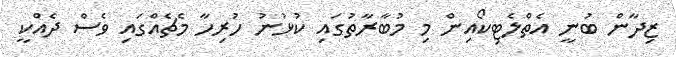
ޒިދާން ބުނީ އެތްލެޓިކޯއިން މި މުބާރާތުގައި ކުޅުނު ހުރިހާ މެޗެއްގައި ވެސް ދެއްކީ